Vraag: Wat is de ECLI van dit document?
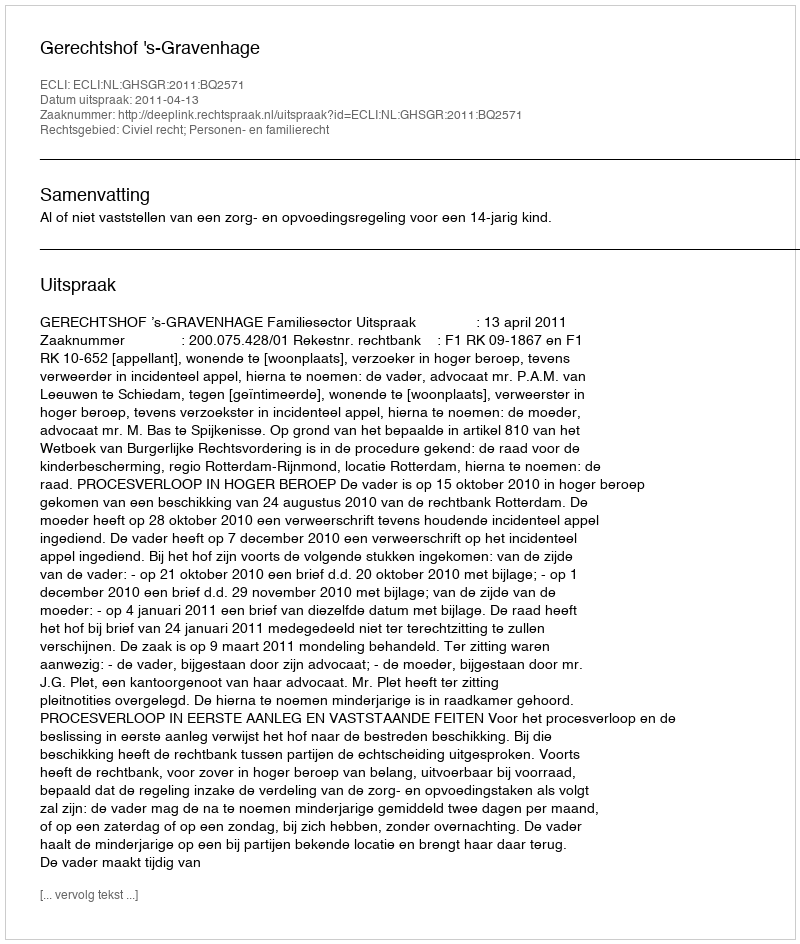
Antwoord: ECLI:NL:GHSGR:2011:BQ2571